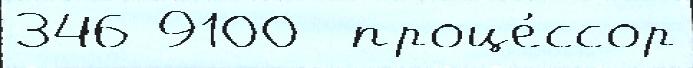
346 9100  проце́ссор